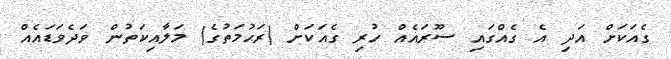
ގެއަކަށް އަދި އެ ގެއްގައި ސޫރައެއް ހުރި ގެއަކަށް (ރަޙުމަތުގެ) މަލާއިކަތުން ވަދެވަޑައެއް